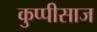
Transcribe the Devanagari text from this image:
कुप्पीसाज